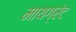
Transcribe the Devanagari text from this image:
मायग्रंट